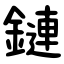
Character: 鏈